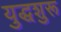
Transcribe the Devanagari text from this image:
युद्धशुरू